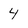
Character: 4